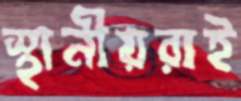
স্থানীয়রাই